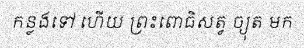
កន្លងទៅ ហើយ ព្រះពោធិសត្វ ច្យុត មក